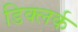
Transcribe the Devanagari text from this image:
डिक्लर्क